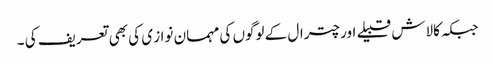
جبکہ کالاش قبیلے اور چترال کے لوگوں کی مہمان نواز ی کی بھی تعریف کی ۔